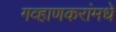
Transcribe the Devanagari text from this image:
गव्हाणकरांमधे